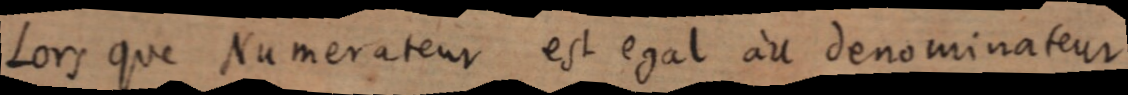
Lors que Numerateur est egal au denominateur